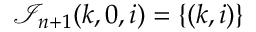
\mathcal { I } _ { n + 1 } { ( k , 0 , i ) } = \{ ( k , i ) \}